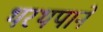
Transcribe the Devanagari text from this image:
थरथपाने